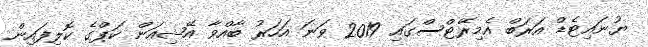
ޔުނައިޓެޑް އަރަބް އެމިރޭޓްސްގައި 2019 ވަނަ އަހަރު ބާއްވާ އޭޝިއަން ކަޕްގެ ކޮލިފައިން